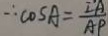
\therefore \cos A = \frac { I A } { A P }